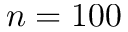
n = 1 0 0